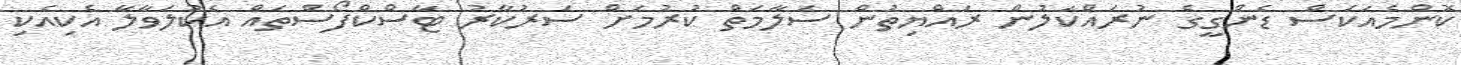
ކޮންމެއަކަސް ޑެންގީގެ ނުރައްކަލުން ރައްޔިތުން ސަލާމަތް ކުރުމަށް ސަރުކާރު ޓާސްކްފޯސްތައް އެކުލަވާލާ އެކިއެކި